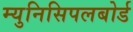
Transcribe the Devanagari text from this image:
म्युनिसिपलबोर्ड